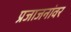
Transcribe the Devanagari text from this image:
प्रजाजनांवर